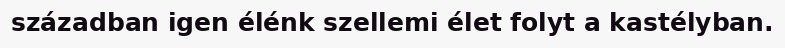
században igen élénk szellemi élet folyt a kastélyban.